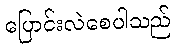
ပြောင်းလဲစေပါသည်